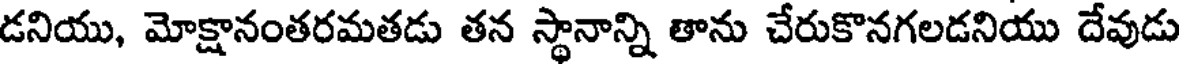
డనియు, మోక్షానంతరమతడు తన స్థానాన్ని తాను చేరుకొనగలడనియు దేవుడు